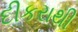
દીકરાથી